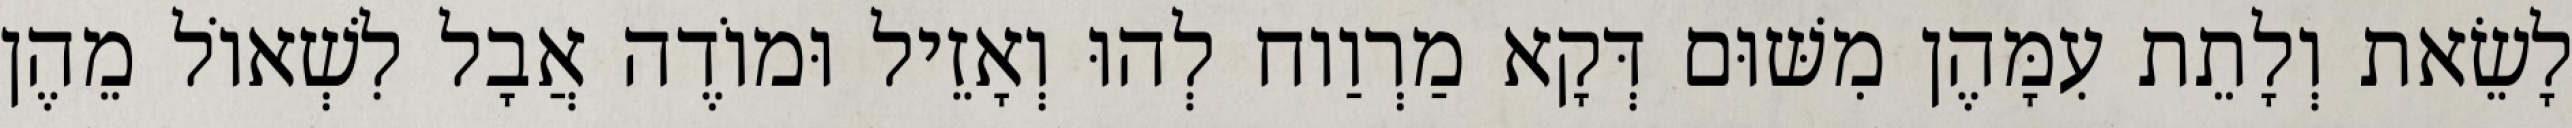
לָשֵׂאת וְלָתֵת עִמָּהֶן מִשּׁוּם דְּקָא מַרְוַוח לְהוּ וְאָזֵיל וּמוֹדֶה אֲבָל לִשְׁאוֹל מֵהֶן